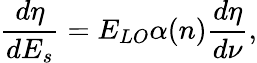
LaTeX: \frac{d\eta}{dE_{s}}=E_{LO}\alpha(n)\frac{d\eta}{d\nu},